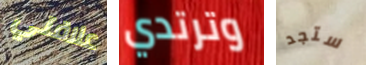
علاقتي وترتدي ستجد